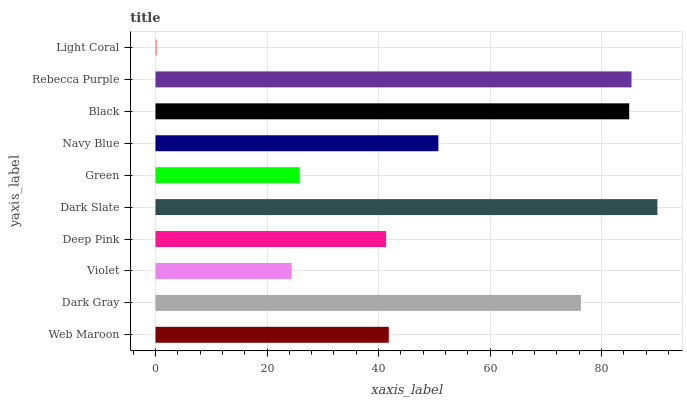
| yaxis_label | bars |
 | --- | --- |
 | Web Maroon | 41.8 |
 | Dark Gray | 76.3 |
 | Violet | 24.4 |
 | Deep Pink | 41.3 |
 | Dark Slate | 90 |
 | Green | 25.9 |
 | Navy Blue | 50.7 |
 | Black | 84.9 |
 | Rebecca Purple | 85.4 |
 | Light Coral | 0.229 |